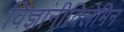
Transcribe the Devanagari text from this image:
विज्ञानीविलेमिन